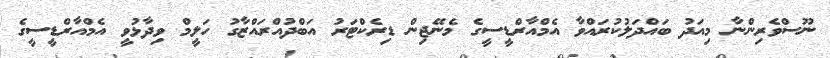
ނޫސްވެރިންނާ މިއަދު ބައްދަލުކުރައްވާ އެމްއާރްޑީސީގެ މެނޭޖިން ޑިރެކްޓަރު އަބްދުއްރައްޒާގު ހަލީމް ވިދާޅުވީ އެމްއާރްޑީސީގެ